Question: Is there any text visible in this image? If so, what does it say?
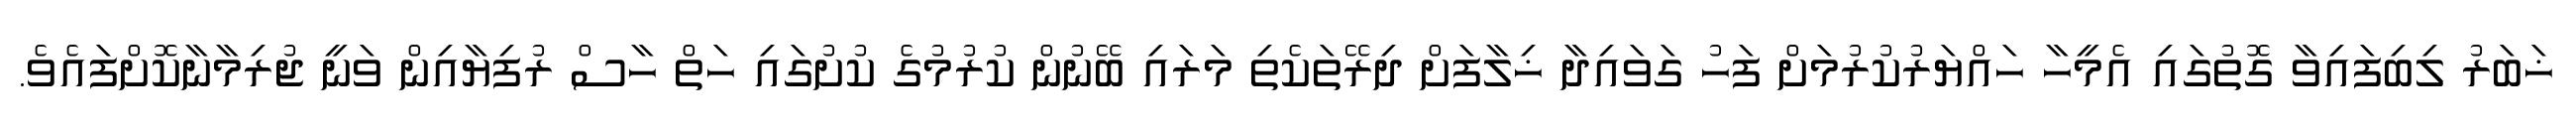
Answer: ޚަބަރު ލިބިފައިވާ ގޮތުގައި އެމީހާ ހައްޔަރުކުރުމަށް ފަހު ގަވައިދާ ޚިލާފަށް ދިރޭތަކެތި މަރައި ބޭނުން ކުރުމުގެ ކުށުގައި ހަތް ހާސް ރުފިޔާއިން ވަނީ ޖުރިމާނާކޮށްފައެވެ.